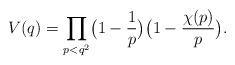
LaTeX: \begin{align*} V(q)= \prod_{p<q^2}\bigl(1-\frac1p \bigr)\bigl(1- \frac{\chi(p)}{p}\bigr) .\end{align*}